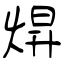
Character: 焺